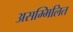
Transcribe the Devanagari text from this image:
असम्मिलित